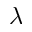
\lambda